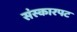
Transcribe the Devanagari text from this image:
संस्कारपट